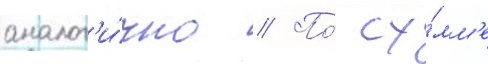
аналог'и́чно // По́ су́мм'е